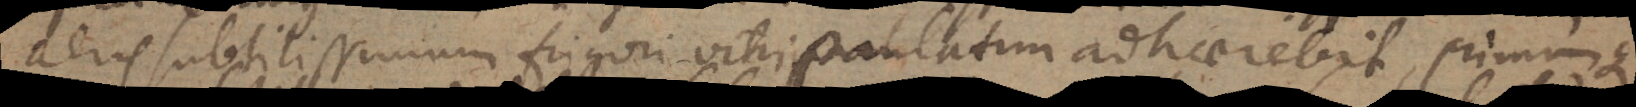
aeris subtilissimum frigori vitri paulatim adhaerebit, primumque